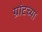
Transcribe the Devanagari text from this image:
ग्रांटच्या